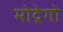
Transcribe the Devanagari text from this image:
मोद्रेगो